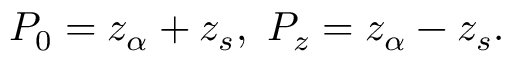
P _ { 0 } = z _ { \alpha } + z _ { s } , \ P _ { z } = z _ { \alpha } - z _ { s } .